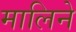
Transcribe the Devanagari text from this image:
मालिने